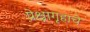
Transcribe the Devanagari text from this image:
प्रेक्षागृहाचे